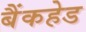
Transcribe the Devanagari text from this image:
बैंकहेड